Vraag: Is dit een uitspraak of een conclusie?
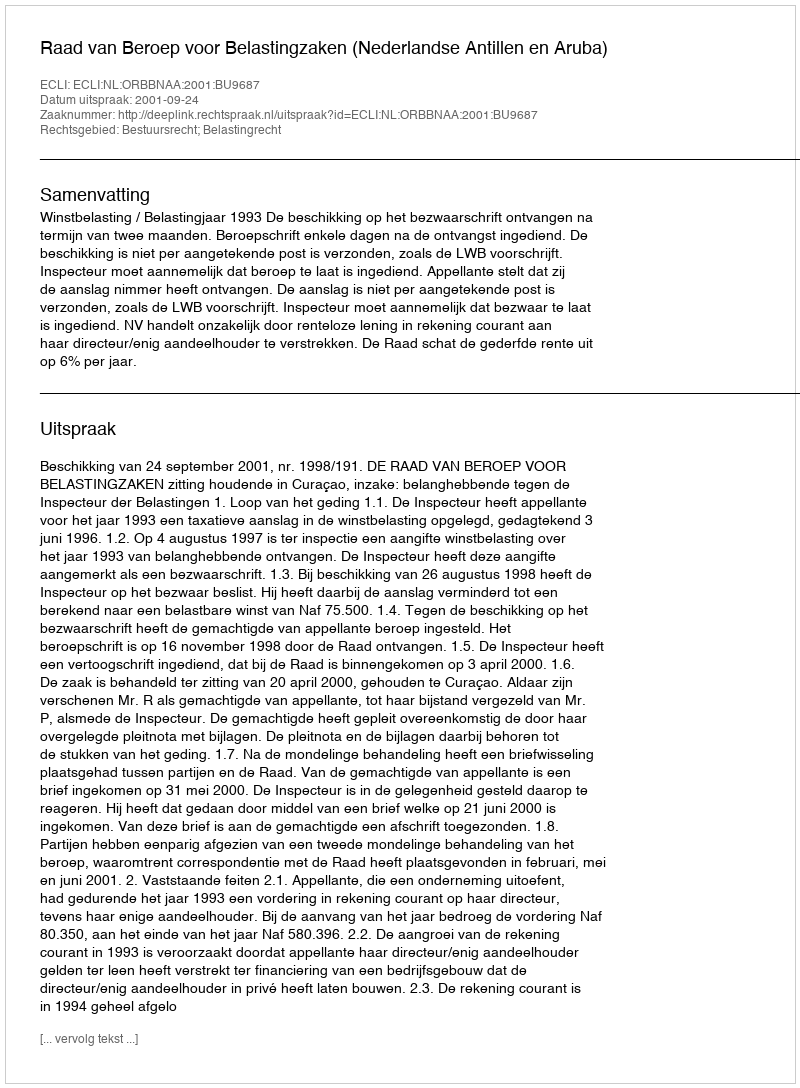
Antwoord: Uitspraak